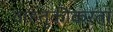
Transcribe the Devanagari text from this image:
वाहतूकीकरता